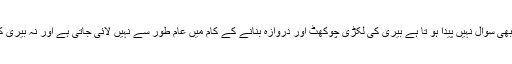
بیری کے کاٹنے کی ممانعت کا بھی سوال نہیں پیدا ہو تا ہے بیری کی لکڑی چوکھٹ اور دروازہ بنانے کے کام میں عام طور سے نہیں لائی جاتی ہے اور نہ بیری کا درخت بلند کہلایا جا سکتا ہے ۔